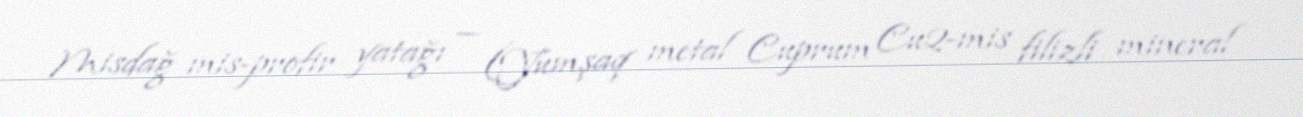
Misdağ mis-profir yatağı — (Yumşaq metal Cuprum Cu2-mis filizli mineral